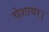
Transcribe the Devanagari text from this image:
चेशायर।